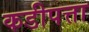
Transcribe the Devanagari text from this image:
कडीपत्ता